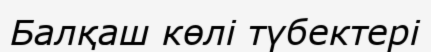
Балқаш көлі түбектері